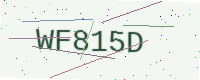
Text: WF815D